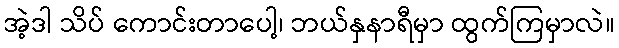
အဲ့ဒါ သိပ် ကောင်းတာပေါ့၊ ဘယ်နှနာရီမှာ ထွက်ကြမှာလဲ။